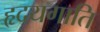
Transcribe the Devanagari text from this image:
हृदयगाति